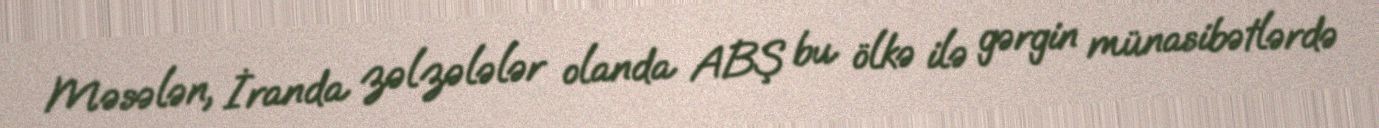
Məsələn, İranda zəlzələlər olanda ABŞ bu ölkə ilə gərgin münasibətlərdə